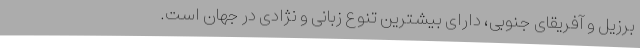
برزیل و آفریقای جنوبی، دارای بیشترین تنوع زبانی و نژادی در جهان است.